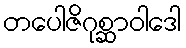
တပေါဇိဂုစ္ဆာဝါဒေါ